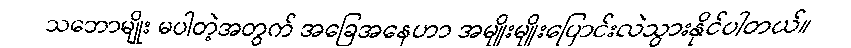
သဘောမျိုး မပါတဲ့အတွက် အခြေအနေဟာ အမျိုးမျိုးပြောင်းလဲသွားနိုင်ပါတယ်။